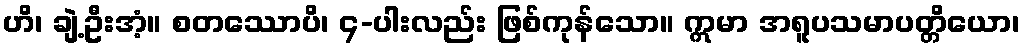
ဟိ၊ ချဲ့ဦးအံ့။ စတဿောပိ၊ ၄-ပါးလည်း ဖြစ်ကုန်သော။ ဣမာ အရူပသမာပတ္တိယော၊